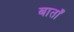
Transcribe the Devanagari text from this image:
बाताँ